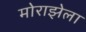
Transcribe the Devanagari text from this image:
मोराझेला